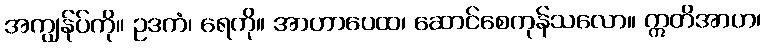
အကျွန်ုပ်ကို။ ဥဒကံ၊ ရေကို။ အာဟာပေထ၊ ဆောင်စေကုန်သလော။ ဣတိအာဟ၊